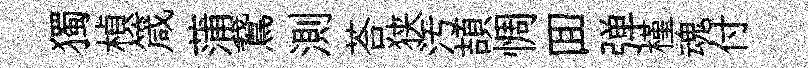
獨楨箴蒲鵞測荅狭汚頡惆囬弹槿魂付